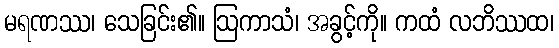
မရဏဿ၊ သေခြင်း၏။ ဩကာသံ၊ အခွင့်ကို။ ကထံ လဘိဿထ၊